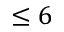
\leq 6